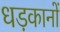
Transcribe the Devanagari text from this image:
धड़कानों